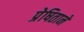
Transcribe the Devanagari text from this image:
प्रेषिताने